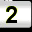
Digit: 2